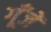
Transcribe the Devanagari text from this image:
गूँजें